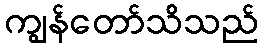
ကျွန်တော်သိသည်